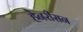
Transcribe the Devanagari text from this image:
हेनरीसन